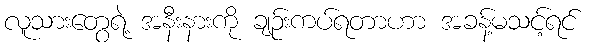
လူသားတွေရဲ့ အနီးနားကို ချဉ်းကပ်ရတာဟာ အခန့်မသင့်ရင်